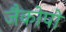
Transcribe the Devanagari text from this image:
जैकोपो